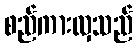
စည်ကားလှသည်